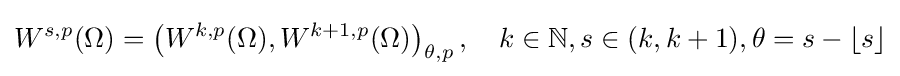
W^{s,p}(\Omega )=\left(W^{k,p}(\Omega ),W^{k+1,p}(\Omega )\right)_{\theta ,p},\quad k\in \mathbb {N} ,s\in (k,k+1),\theta =s-\lfloor s\rfloor